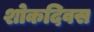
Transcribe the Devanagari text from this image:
शोकदिवस